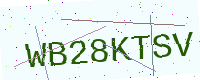
Text: WB28KTSV